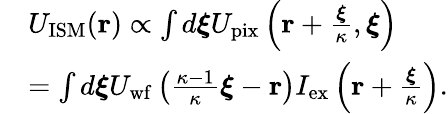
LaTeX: \begin{array}{rl}&{U_{\mathrm{ISM}}(\mathbf{r})\propto\int d\boldsymbol{\xi}U_{\mathrm{pix}}\left(\mathbf{r}+\frac{\boldsymbol{\xi}}{\kappa},\boldsymbol{\xi}\right)}\\ &{=\int d\boldsymbol{\xi}U_{\mathrm{wf}}\left(\frac{\kappa-1}{\kappa}\boldsymbol{\xi}-\mathbf{r}\right)I_{\mathrm{ex}}\left(\mathbf{r}+\frac{\boldsymbol{\xi}}{\kappa}\right).}\end{array}